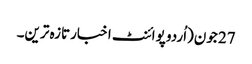
27 جون(اُردو پوائنٹ اخبارتازہ ترین۔